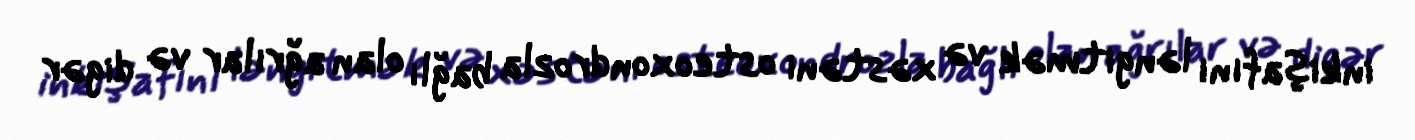
inkişafını ləngitmək və xəstəni osteoxondrozla bağlı olan ağrılar və digər